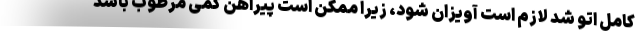
کامل اتو شد لازم است آویزان شود، زیرا ممکن است پیراهن کمی مرطوب باشد